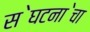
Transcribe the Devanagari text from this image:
स॓घटना॓चा